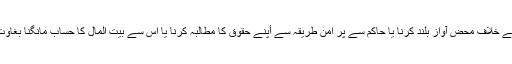
ظلم کے خلاف محض آواز بلند کرنا یا حاکم سے پر امن طریقہ سے أپنے حقوق کا مطالبہ کرنا یا اس سے بیت المال کا حساب مانگنا بغاوت ہے۔